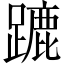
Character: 蹗